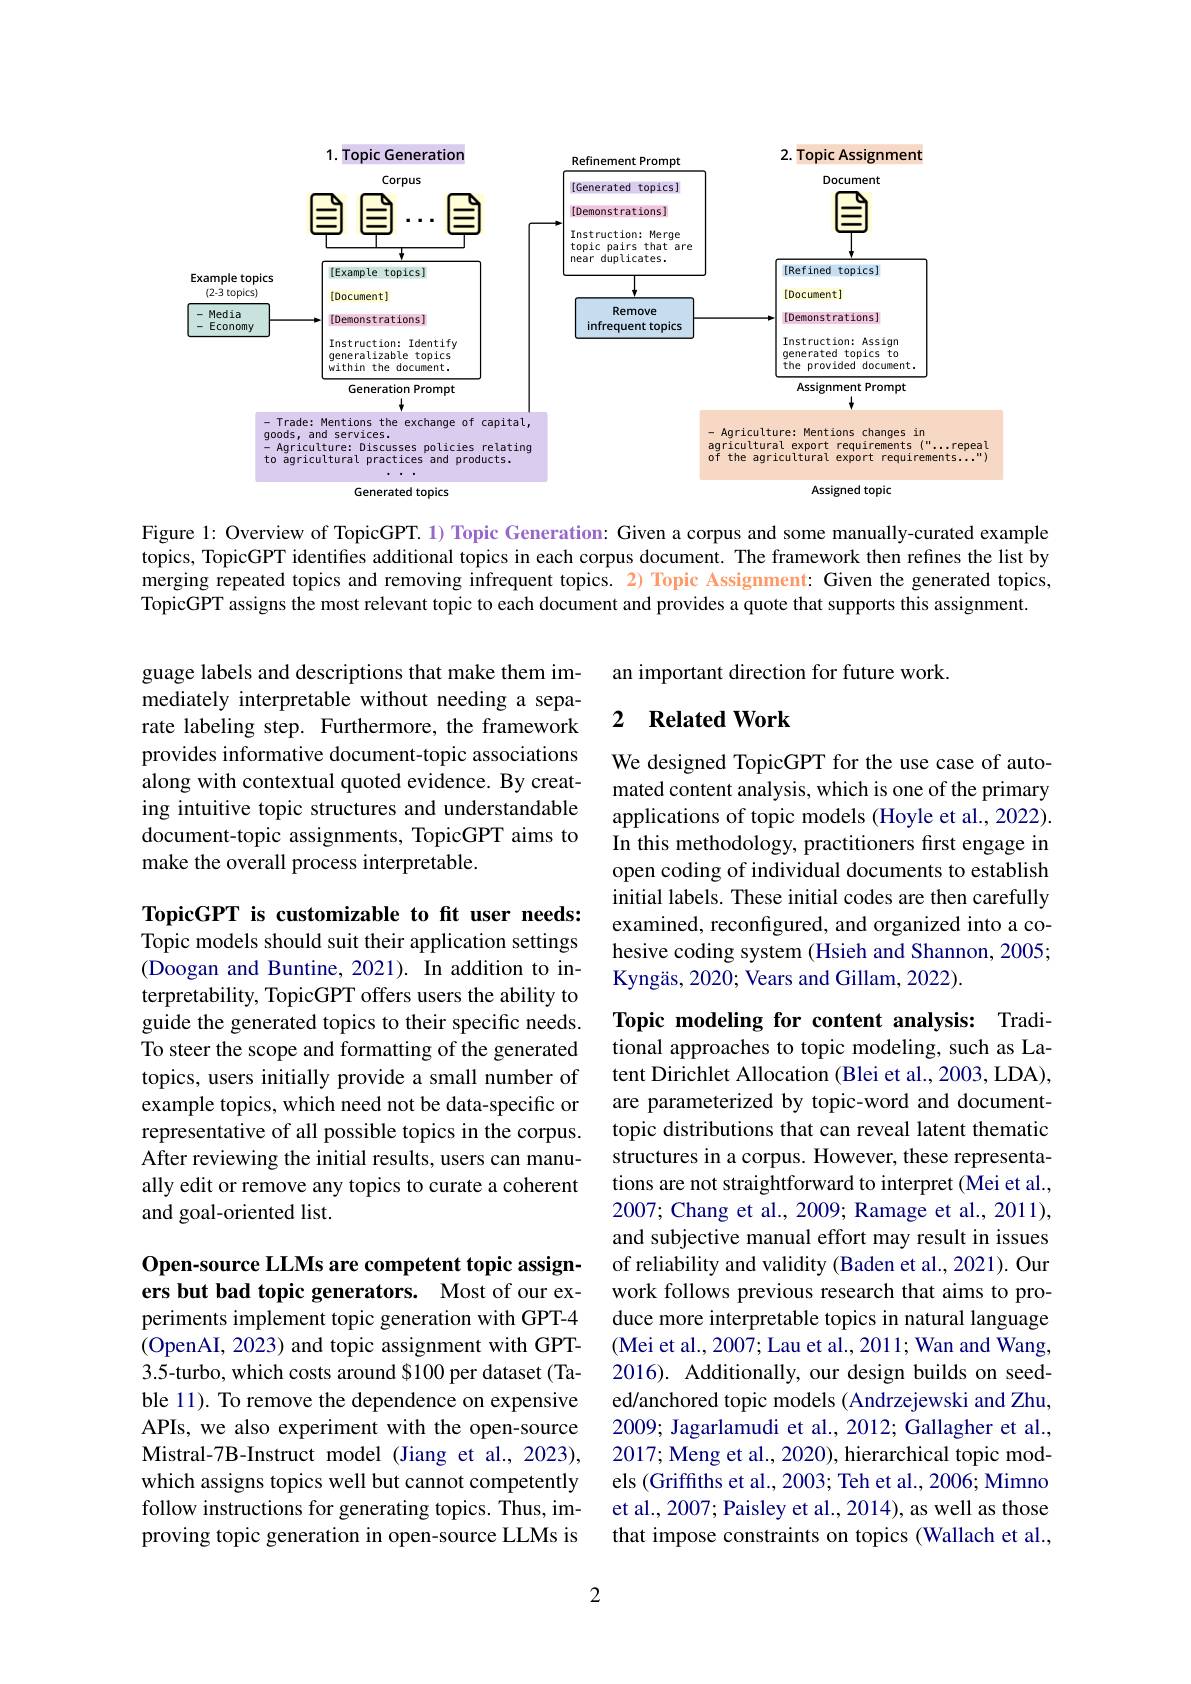
<FigureHere>

Figure 1: Overview of TopicGPT. 1) Topic Generation: Given a corpus and some manually-curated example topics, TopicGPT identifies additional topics in each corpus document. The framework then refines the list by merging repeated topics and removing infrequent topics. 2) Topic Assignment: Given the generated topics, TopicGPT assigns the most relevant topic to each document and provides a quote that supports this assignment.

an important direction for future work.

## 2 Related Work

guage labels and descriptions that make them immediately interpretable without needing a separate labeling step. Furthermore, the framework provides informative document-topic associations along with contextual quoted evidence. By creating intuitive topic structures and understandable document-topic assignments, TopicGPT aims to make the overall process interpretable.

We designed TopicGPT for the use case of automated content analysis, which is one of the primary applications of topic models (Hoyle et al., 2022). In this methodology, practitioners first engage in open coding of individual documents to establish initial labels. These initial codes are then carefully examined, reconfigured, and organized into a cohesive coding system (Hsieh and Shannon, 2005; Kyngäs, 2020; Vears and Gillam, 2022).

TopicGPT is customizable to fit user needs: Topic models should suit their application settings (Doogan and Buntine, 2021). In addition to interpretability, TopicGPT offers users the ability to guide the generated topics to their specific needs. To steer the scope and formatting of the generated topics, users initially provide a small number of example topics, which need not be data-specific or representative of all possible topics in the corpus. After reviewing the initial results, users can manually edit or remove any topics to curate a coherent and goal-oriented list.

Topic modeling for content analysis: Traditional approaches to topic modeling, such as Latent Dirichlet Allocation (Blei et al., 2003, LDA), are parameterized by topic-word and documenttopic distributions that can reveal latent thematic structures in a corpus. However, these representations are not straightforward to interpret (Mei et al., 2007; Chang et al., 2009; Ramage et al., 2011), and subjective manual effort may result in issues of reliability and validity (Baden et al., 2021). Our work follows previous research that aims to produce more interpretable topics in natural language (Mei et al., 2007; Lau et al., 2011; Wan and Wang, 2016). Additionally, our design builds on seeded/anchored topic models (Andrzejewski and Zhu, 2009; Jagarlamudi et al., 2012; Gallagher et al., 2017; Meng et al., 2020), hierarchical topic models (Griffiths et al., 2003; Teh et al., 2006; Mimno et al., 2007; Paisley et al., 2014), as well as those that impose constraints on topics (Wallach et al.,

Open-source LLMs are competent topic assigners but bad topic generators. Most of our experiments implement topic generation with GPT-4 (OpenAI, 2023) and topic assignment with GPT- 3.5-turbo, which costs around $100 per dataset (Table 11). To remove the dependence on expensive APIs, we also experiment with the open-source Mistral-7B-Instruct model (Jiang et al., 2023), which assigns topics well but cannot competently follow instructions for generating topics. Thus, improving topic generation in open-source LLMs is

2